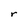
Character: r